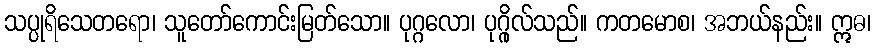
သပ္ပုရိသေတရော၊ သူတော်ကောင်းမြတ်သော။ ပုဂ္ဂလော၊ ပုဂ္ဂိုလ်သည်။ ကတမောစ၊ အဘယ်နည်း။ ဣဓ၊